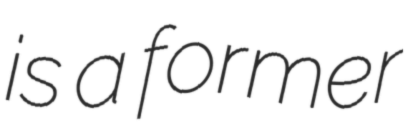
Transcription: is a former